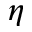
\eta